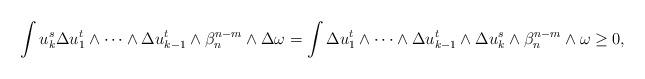
LaTeX: \begin{align*} \begin{aligned}\int u_k^s\Delta u_1^t\wedge\dots\wedge\Delta u_{k-1}^t\wedge\beta_n^{n-m}\wedge\Delta \omega=\int \Delta u_1^t\wedge\dots\wedge\Delta u_{k-1}^t\wedge\Delta u_k^s\wedge\beta_n^{n-m}\wedge\omega\geq 0,\end{aligned} \end{align*}